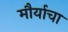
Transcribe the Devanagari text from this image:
मौर्याचा